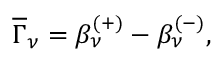
\overline { { { \Gamma } } } _ { \nu } = \beta _ { \nu } ^ { ( + ) } - \beta _ { \nu } ^ { ( - ) } ,